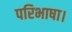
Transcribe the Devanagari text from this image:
परिभाषा।